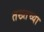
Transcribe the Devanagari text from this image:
तख्तच्या